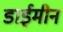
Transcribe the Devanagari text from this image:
डाईमीन